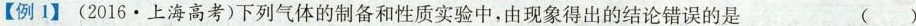
【例1】(2016·上海高考)下列气体的制备和性质实验中，由现象得出的结论错误的是 ()